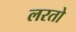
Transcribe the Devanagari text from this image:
लरतो